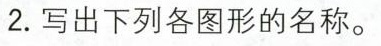
2.写出下列各图形的名称。